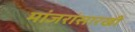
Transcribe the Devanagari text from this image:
मांजरांसारखी